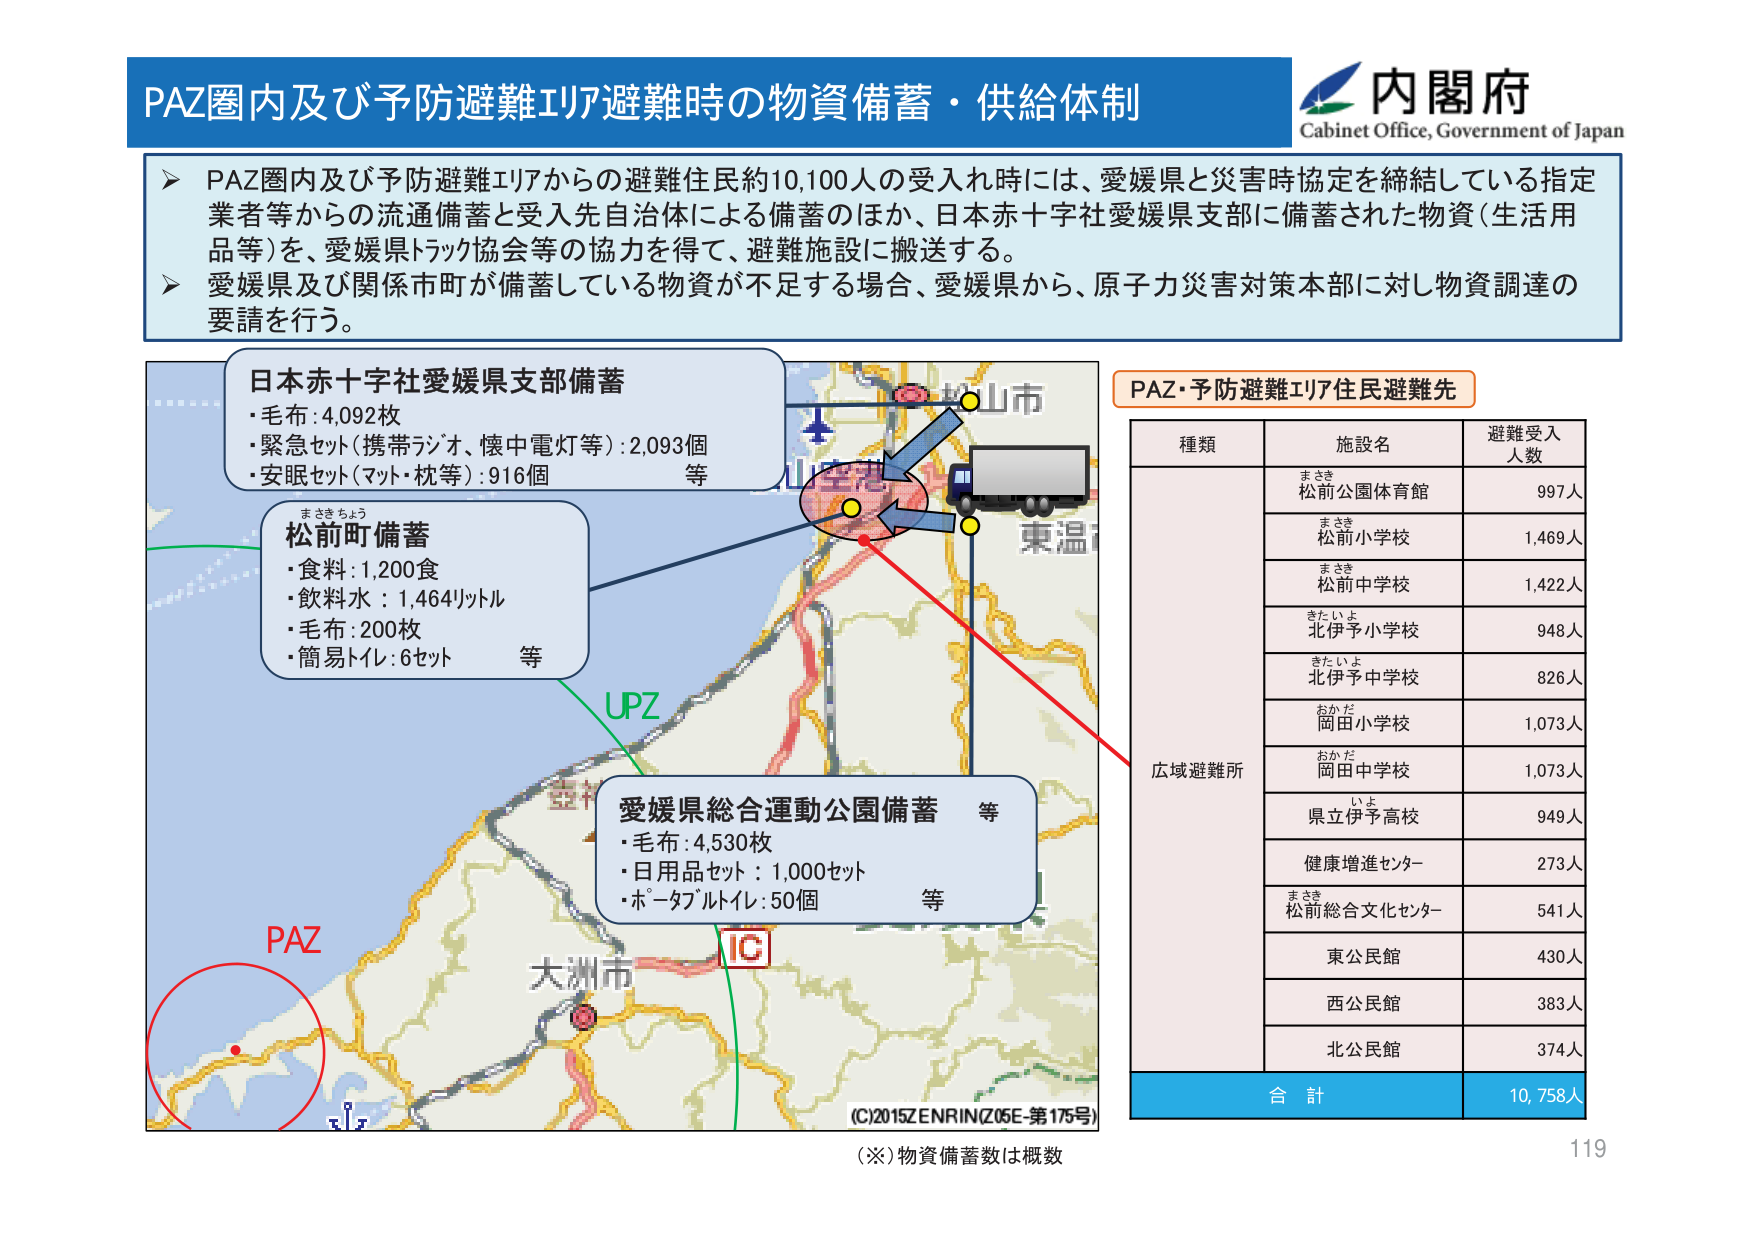
PAZ圏内及び予防避難エリア避難時の物資備蓄・供給体制

内閣府
Cabinet Office, Government of Japan

▶ PAZ圏内及び予防避難エリアからの避難住民約10,100人の受入れ時には、愛媛県と災害時協定を締結している指定業者等からの流通備蓄と受入先自治体による備蓄のほか、日本赤十字社愛媛県支部に備蓄された物資（生活用品等）を、愛媛県トラック協会等の協力を得て、避難施設に搬送する。
▶ 愛媛県及び関係市町が備蓄している物資が不足する場合、愛媛県から、原子力災害対策本部に対し物資調達の要請を行う。

日本赤十字社愛媛県支部備蓄
・毛布：4,092枚
・緊急セット（携帯ランプ、懐中電灯等）：2,093個
・安眠セット（マット・枕等）：916個　等

松前町備蓄
・食料：1,200食
・飲料水：1,464リットル
・毛布：200枚
・簡易トイレ：6セット　等

愛媛県総合運動公園備蓄　等
・毛布：4,530枚
・日用品セット：1,000セット
・ポータブルトイレ：50個　等

PAZ・予防避難エリア住民避難先

種類　　　　　施設名　　　　　　避難受入人数
　　　　　　まさき　　　　　　　　　　　　　　
　　　　　　松前公園体育館　　　　　　997人
　　　　　　まさき　　　　　　　　　　　　　　
　　　　　　松前小学校　　　　　　　　1,469人
　　　　　　まさき　　　　　　　　　　　　　　
　　　　　　松前中学校　　　　　　　　1,422人
　　　　　　きたいよ　　　　　　　　　　　　　
　　　　　　北伊予小学校　　　　　　　　948人
　　　　　　きたいよ　　　　　　　　　　　　　
　　　　　　北伊予中学校　　　　　　　　826人
　　　　　　おかだ　　　　　　　　　　　　　　
　　　　　　岡田小学校　　　　　　　　1,073人
　　　　　　おかだ　　　　　　　　　　　　　　
　　　　　　岡田中学校　　　　　　　　1,073人
　　　　　　いよ　　　　　　　　　　　　　　　
　　　　　　県立伊予高校　　　　　　　　949人
　　　　　　健康増進センター　　　　　　273人
　　　　　　まさき　　　　　　　　　　　　　　
　　　　　　松前総合文化センター　　　　541人
　　　　　　東公民館　　　　　　　　　　430人
　　　　　　西公民館　　　　　　　　　　383人
　　　　　　北公民館　　　　　　　　　　374人

合計　　　　　　　　　　　　　　　　10,758人

（※）物資備蓄数は概数

UPZ
PAZ
IC
大洲市
山室港
松山市
東温市
（C）2015 ZENRIN（Z05E-第175号）

119